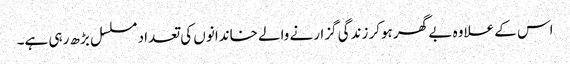
اس کے علاوہ بے گھر ہوکر زندگی گزارنے والے خاندانوں کی تعداد مسلسل بڑھ رہی ہے۔